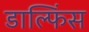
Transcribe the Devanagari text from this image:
डाल्फिंस